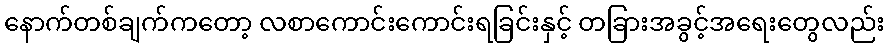
နောက်တစ်ချက်ကတော့ လစာကောင်းကောင်းရခြင်းနှင့် တခြားအခွင့်အရေးတွေလည်း